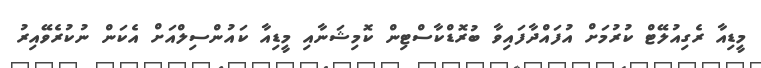
މީޑިއާ ރެގިއުލޭޓް ކުރުމަށް އުފައްދާފައިވާ ބުރޮޑްކާސްޓިން ކޮމިޝަނާއި މީޑިއާ ކައުންސިލްއަށް އެކަން ނުކުރެވޭއިރު